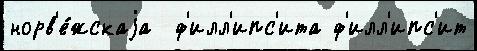
норв'е́жскаjа  ф'илл'ипс'ита ф'илл'ипс'ит